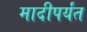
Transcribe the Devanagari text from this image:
मादीपर्यंत